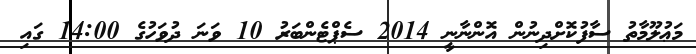
މަޢުލޫމާތު ސާފުކޮށްދިނުން އޮންނާނީ 2014 ސެޕްޓެންބަރު 10 ވަނަ ދުވަހުގެ 14:00 ގައި